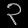
Digit: ၃